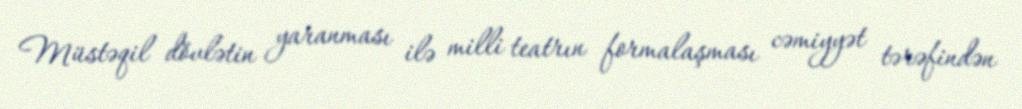
Müstəqil dövlətin yaranması ilə milli teatrın formalaşması cəmiyyət tərəfindən